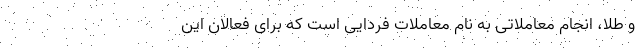
و طلا، انجام معاملاتی به نام معاملات فردایی است که برای فعالان این